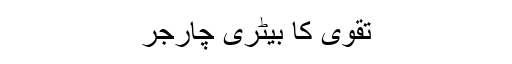
تقویٰ کا بیٹری چارجر